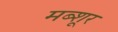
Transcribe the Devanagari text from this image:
मब्शूर